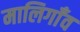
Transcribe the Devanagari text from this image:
मालिगाँव